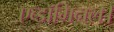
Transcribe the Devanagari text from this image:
एब्डॉमिनल।